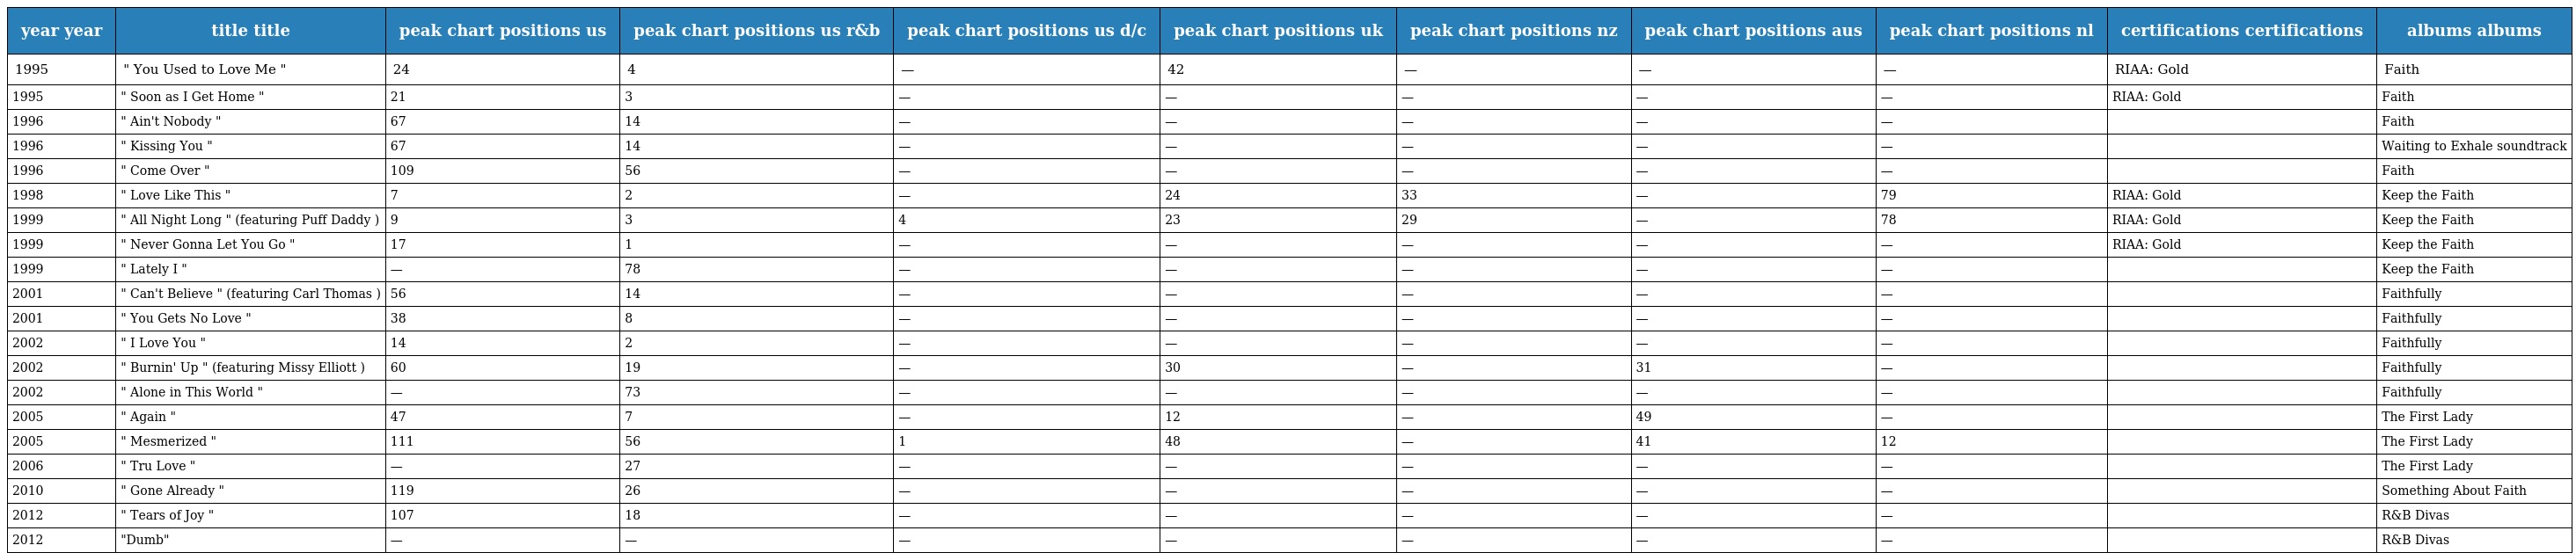
| year year | title title | peak chart positions us | peak chart positions us r&b | peak chart positions us d/c | peak chart positions uk | peak chart positions nz | peak chart positions aus | peak chart positions nl | certifications certifications | albums albums |
 | --- | --- | --- | --- | --- | --- | --- | --- | --- | --- | --- |
 | 1995 | " You Used to Love Me " | 24 | 4 | — | 42 | — | — | — | RIAA: Gold | Faith |
 | 1995 | " Soon as I Get Home " | 21 | 3 | — | — | — | — | — | RIAA: Gold | Faith |
 | 1996 | " Ain't Nobody " | 67 | 14 | — | — | — | — | — |  | Faith |
 | 1996 | " Kissing You " | 67 | 14 | — | — | — | — | — |  | Waiting to Exhale soundtrack |
 | 1996 | " Come Over " | 109 | 56 | — | — | — | — | — |  | Faith |
 | 1998 | " Love Like This " | 7 | 2 | — | 24 | 33 | — | 79 | RIAA: Gold | Keep the Faith |
 | 1999 | " All Night Long " (featuring Puff Daddy ) | 9 | 3 | 4 | 23 | 29 | — | 78 | RIAA: Gold | Keep the Faith |
 | 1999 | " Never Gonna Let You Go " | 17 | 1 | — | — | — | — | — | RIAA: Gold | Keep the Faith |
 | 1999 | " Lately I " | — | 78 | — | — | — | — | — |  | Keep the Faith |
 | 2001 | " Can't Believe " (featuring Carl Thomas ) | 56 | 14 | — | — | — | — | — |  | Faithfully |
 | 2001 | " You Gets No Love " | 38 | 8 | — | — | — | — | — |  | Faithfully |
 | 2002 | " I Love You " | 14 | 2 | — | — | — | — | — |  | Faithfully |
 | 2002 | " Burnin' Up " (featuring Missy Elliott ) | 60 | 19 | — | 30 | — | 31 | — |  | Faithfully |
 | 2002 | " Alone in This World " | — | 73 | — | — | — | — | — |  | Faithfully |
 | 2005 | " Again " | 47 | 7 | — | 12 | — | 49 | — |  | The First Lady |
 | 2005 | " Mesmerized " | 111 | 56 | 1 | 48 | — | 41 | 12 |  | The First Lady |
 | 2006 | " Tru Love " | — | 27 | — | — | — | — | — |  | The First Lady |
 | 2010 | " Gone Already " | 119 | 26 | — | — | — | — | — |  | Something About Faith |
 | 2012 | " Tears of Joy " | 107 | 18 | — | — | — | — | — |  | R&B Divas |
 | 2012 | "Dumb" | — | — | — | — | — | — | — |  | R&B Divas |